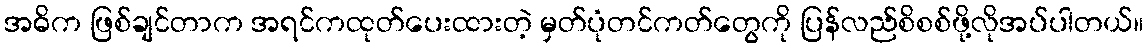
အဓိက ဖြစ်ချင်တာက အရင်ကထုတ်ပေးထားတဲ့ မှတ်ပုံတင်ကတ်တွေကို ပြန်လည်စိစစ်ဖို့လိုအပ်ပါတယ်။